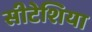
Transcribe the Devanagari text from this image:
सीटेशिया